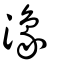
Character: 潒